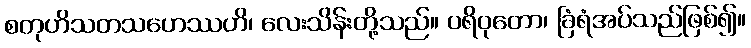
စတုဟိသတသဟေဿဟိ၊ လေးသိန်းတို့သည်။ ပရိဝုတော၊ ခြံရံအပ်သည်ဖြစ်၍။